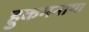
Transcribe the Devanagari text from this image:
हुकमनामा